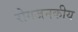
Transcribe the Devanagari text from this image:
रोगजनकीय